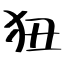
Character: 狃